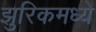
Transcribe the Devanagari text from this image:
झुरिकमध्ये